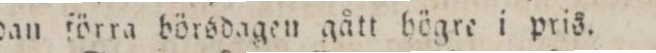
dan förra börsdagen gått högre i pris.